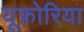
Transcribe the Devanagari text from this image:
यूफ़ोरिया